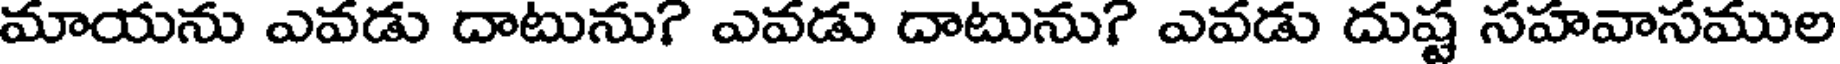
మాయను ఎవడు దాటును? ఎవడు దాటును? ఎవడు దుష్ట సహవాసముల